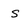
Character: s